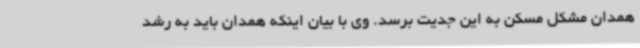
همدان مشکل مسکن به این جدیت برسد. وی با بیان اینکه همدان باید به رشد